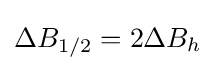
\Delta B_{1/2}=2\Delta B_{h}